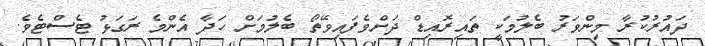
ދައުރުކުރާ މިންވަރު ބެލުމަކީ ތައިރޮއިޑް ދަށްވެފައިވޭތޯ ބެލުމަށް ހަދާ އެންމެ ރަގަޅު ޓެސްޓެވެ.